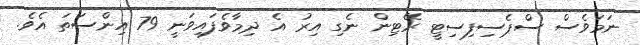
ނަމަވެސް ސްޕެސިފިސިޓީ ރޭޓިން ނެގި އިރު އެ ދިމާވެފައިވަނީ 79 އިންސަތަ އެވެ.